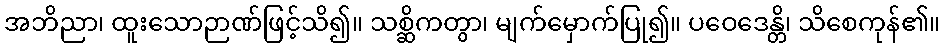
အဘိညာ၊ ထူးသောဉာဏ်ဖြင့်သိ၍။ သစ္ဆိကတွာ၊ မျက်မှောက်ပြု၍။ ပဝေဒေန္တိ၊ သိစေကုန်၏။